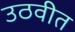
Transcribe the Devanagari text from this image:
उठवीत